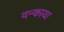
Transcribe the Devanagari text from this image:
वन्काया